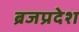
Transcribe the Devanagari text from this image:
ब्रजप्रदेश